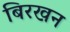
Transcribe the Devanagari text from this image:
बिरखन